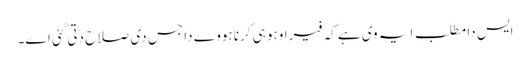
ایس دا مطلب ایہ وی ہے کہ فیر اوہو ہی کرنا ہووے دا جس دی صلاح دتی گئی اے۔